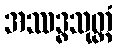
အဿဒ္ဓသုတ္တံ